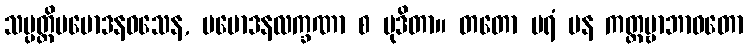
သမ္ပတ္တိပမောဒနဝသေန, ပမောဒနလက္ခဏာ စ မုဒိတာ။ တတော ပရံ ပန ကတ္တဗ္ဗာဘာဝတော